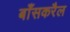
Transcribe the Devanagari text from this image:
बाँसकरैल